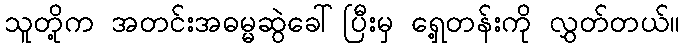
သူတို့က အတင်းအဓမ္မဆွဲခေါ်ပြီးမှ ရှေ့တန်းကို လွှတ်တယ်။